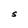
Character: S